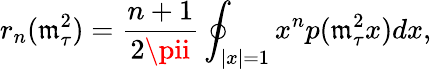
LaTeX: r_{n}(\mathfrak{m}_{\tau}^{2})=\frac{{n+1}}{{2\pii}}\oint_{|x|=1}x^{n}p(\mathfrak{m}_{\tau}^{2}x)dx,